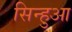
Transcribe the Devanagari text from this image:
सिन्हुआ